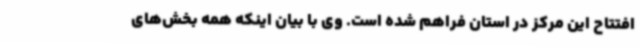
افتتاح این مرکز در استان فراهم شده است. وی با بیان اینکه همه بخش‌های